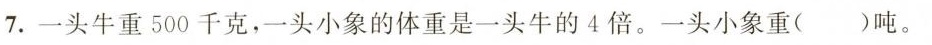
7.一头牛重500千克，一头小象的体重是一头牛的4倍。一头小象重()吨。